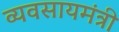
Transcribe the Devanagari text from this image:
व्यवसायमंत्री